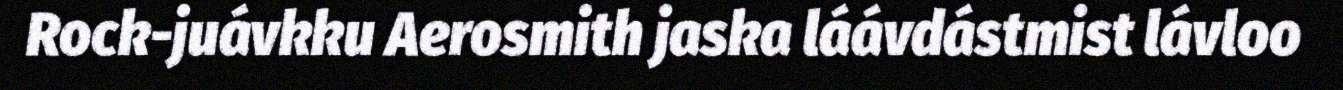
Rock-juávkku Aerosmith jaska láávdástmist lávloo